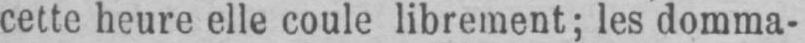
cette heure elle coule librement; les domma-